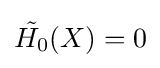
{\tilde {H_{0}}}(X)=0